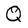
Character: Q